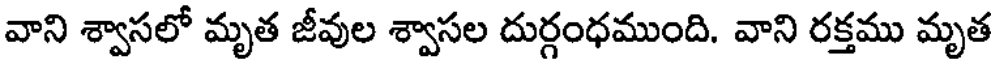
వాని శ్వాసలో మృత జీవుల శ్వాసల దుర్గంధముంది. వాని రక్తము మృత